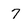
Character: 7